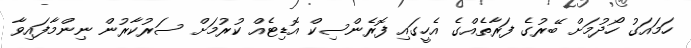
ހަމައަގު ހޯދުމަށް ބޭރުގެ ފަރާތެއްގެ އެހީގައި ފޮރެންސިކް އޮޑިޓެއް ކުރުމަށް ސަރުކާރުން ނިންމާފައިވާ